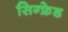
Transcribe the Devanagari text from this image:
सिग्फ्रेड